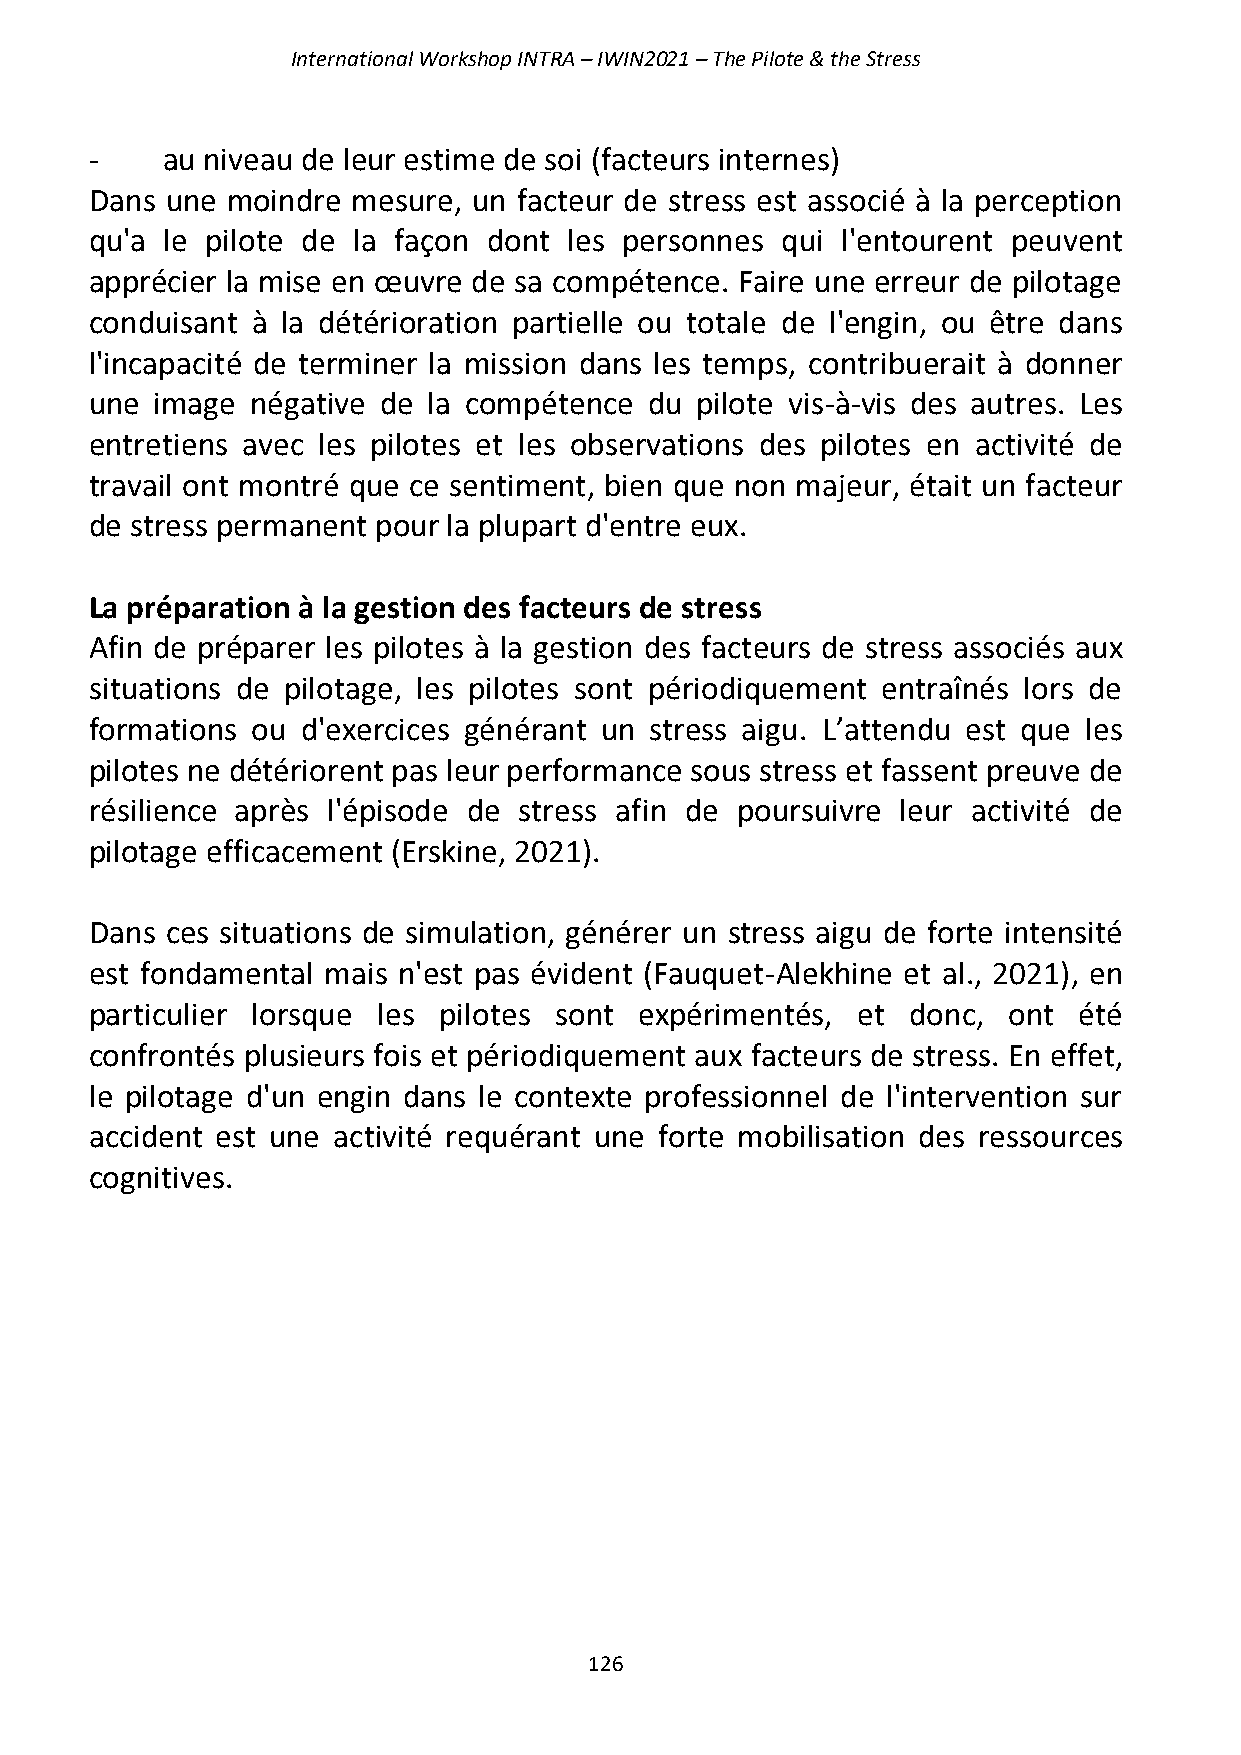
International Workshop INTRA – IWIN2021 – The Pilote & the Stress
 -    au niveau de leur estime de soi (facteurs internes)
 Dans une moindre mesure, un facteur de stress est associé à la perception
 qu'a le pilote de la façon dont les personnes qui l'entourent peuvent
 apprécier la mise en œuvre de sa compétence. Faire une erreur de pilotage
 conduisant à la détérioration partielle ou totale de l'engin, ou être dans
 l'incapacité de terminer la mission dans les temps, contribuerait à donner
 une image  négative de la compétence du pilote vis-à-vis des autres. Les
 entretiens avec les pilotes et les observations des pilotes en activité de
 travail ont montré que ce sentiment, bien que non majeur, était un facteur
 de stress permanent pour la plupart d'entre eux.
 La préparation à la gestion des facteurs de stress
 Afin de préparer les pilotes à la gestion des facteurs de stress associés aux
 situations de pilotage, les pilotes sont périodiquement entraînés lors de
 formations ou d'exercices générant un stress aigu. L’attendu est que les
 pilotes ne détériorent pas leur performance sous stress et fassent preuve de
 résilience après l'épisode de stress afin de poursuivre leur activité de
 pilotage efficacement (Erskine, 2021).
 Dans ces situations de simulation, générer un stress aigu de forte intensité
 est fondamental mais n'est pas évident (Fauquet-Alekhine et al., 2021), en
 particulier lorsque les pilotes sont expérimentés, et donc,  ont été
 confrontés plusieurs fois et périodiquement aux facteurs de stress. En effet,
 le pilotage d'un engin dans le contexte professionnel de l'intervention sur
 accident est une activité requérant une forte mobilisation des ressources
 cognitives.
 126